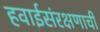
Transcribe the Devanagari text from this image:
हवाईसंरक्षणाची